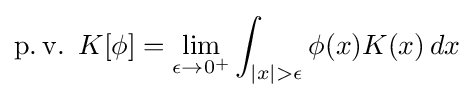
\operatorname {p.v.} \,\,K[\phi ]=\lim _{\epsilon \to 0^{+}}\int _{|x|>\epsilon }\phi (x)K(x)\,dx